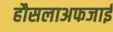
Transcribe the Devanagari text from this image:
हौसलाअफजाई